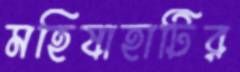
মহিষাহাটির